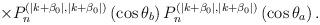
LaTeX: \begin{align*}\times P_n^{(\mid k+\beta _0\mid ,\mid k+\beta _0\mid) }\left(\cos \theta _b\right) P_n^{(\mid k+\beta _0\mid ,\mid k+\beta _0\mid) }\left(\cos \theta _a\right) .\end{align*}